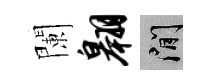
闌翱閑